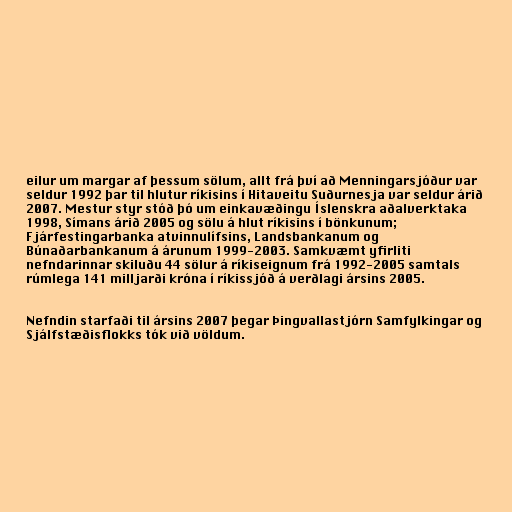
eilur um margar af þessum sölum, allt frá því að Menningarsjóður var
seldur 1992 þar til hlutur ríkisins í Hitaveitu Suðurnesja var seldur árið
2007. Mestur styr stóð þó um einkavæðingu Íslenskra aðalverktaka
1998, Símans árið 2005 og sölu á hlut ríkisins í bönkunum;
Fjárfestingarbanka atvinnulífsins, Landsbankanum og
Búnaðarbankanum á árunum 1999-2003. Samkvæmt yfirliti
nefndarinnar skiluðu 44 sölur á ríkiseignum frá 1992-2005 samtals
rúmlega 141 milljarði króna í ríkissjóð á verðlagi ársins 2005.

Nefndin starfaði til ársins 2007 þegar Þingvallastjórn Samfylkingar og
Sjálfstæðisflokks tók við völdum.